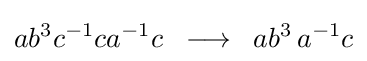
ab^{3}c^{-1}ca^{-1}c\;\;\longrightarrow \;\;ab^{3}\,a^{-1}c